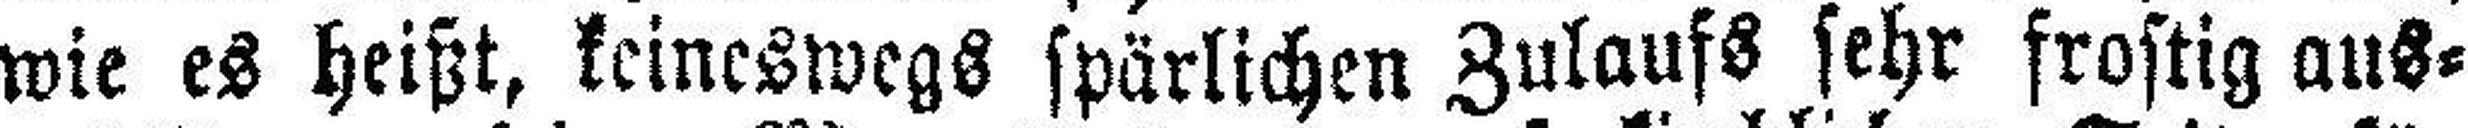
wie es heißt, keineswegs spärlichen Zulaufs sehr frostig aus¬